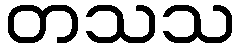
တသသ